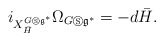
\begin{align*}i_{X_{\bar{H}}^{G\circledS \mathfrak{g}^{\ast }}}\Omega _{G\circledS\mathfrak{g}^{\ast }}=-d\bar{H}. \end{align*}